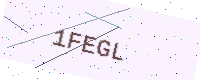
Text: 1FEGL